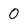
Character: 0